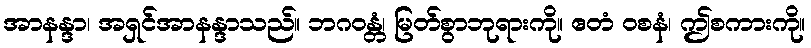
အာနန္ဒာ၊ အရှင်အာနန္ဒာသည်။ ဘဂဝန္တံ၊ မြတ်စွာဘုရားကို။ ဧတံ ဝစနံ၊ ဤစကားကို။